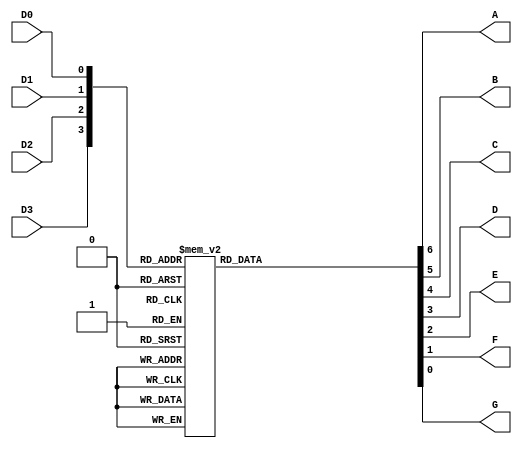
module BCDto7(
	D3,D2,D1,D0,
	A,B,C,D,E,F,G
);

input D3,D2,D1,D0;
output A,B,C,D,E,F,G;

reg [7:0] out; 

always @(D3,D2,D1,D0)
begin
case({D3,D2,D1,D0})
	4'b0000 : out <= 7'b1111110; //0
	4'b0001 : out <= 7'b0110000; //1
	4'b0010 : out <= 7'b1101101; //2
	4'b0011 : out <= 7'b1111001; //3
	4'b0100 : out <= 7'b0110011; //4
	4'b0101 : out <= 7'b1011011; //5
	4'b0110 : out <= 7'b1011111; //6
	4'b0111 : out <= 7'b1110010; //7
	4'b1000 : out <= 7'b1111111; //8
	4'b1001 : out <= 7'b1111011; //9
	default : out <= 7'b0000000; //NULL
endcase 
end

assign {A,B,C,D,E,F,G} = out;

endmodule